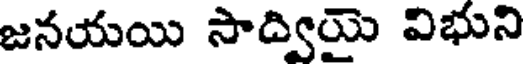
జనయయి సాద్వియై విభుని